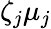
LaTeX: \zeta_{j}\mu_{j}